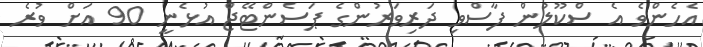
އެހެންވެ އެ ސްކޫލުން ފާސްވި ދަރިވަރުންގެ ޕަސެންޓޭޖް އުޅެނީ 90 އަށް ވުރެ